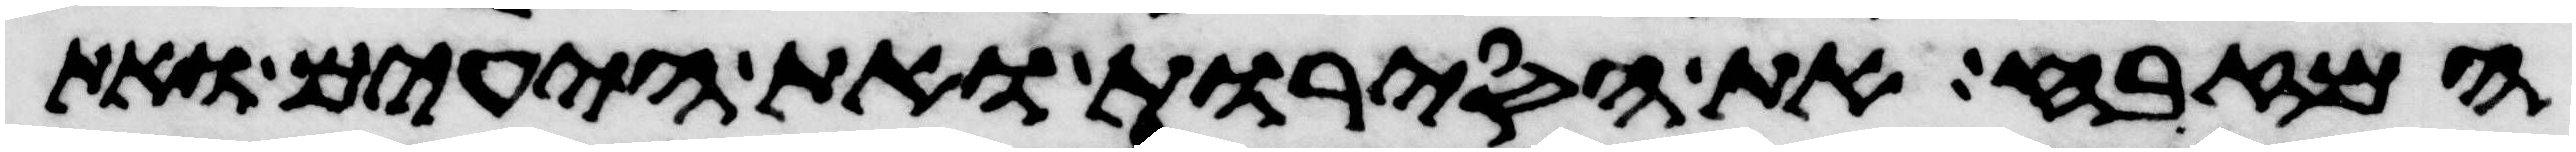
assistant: המזבח את הסירות ואת היעים ואת